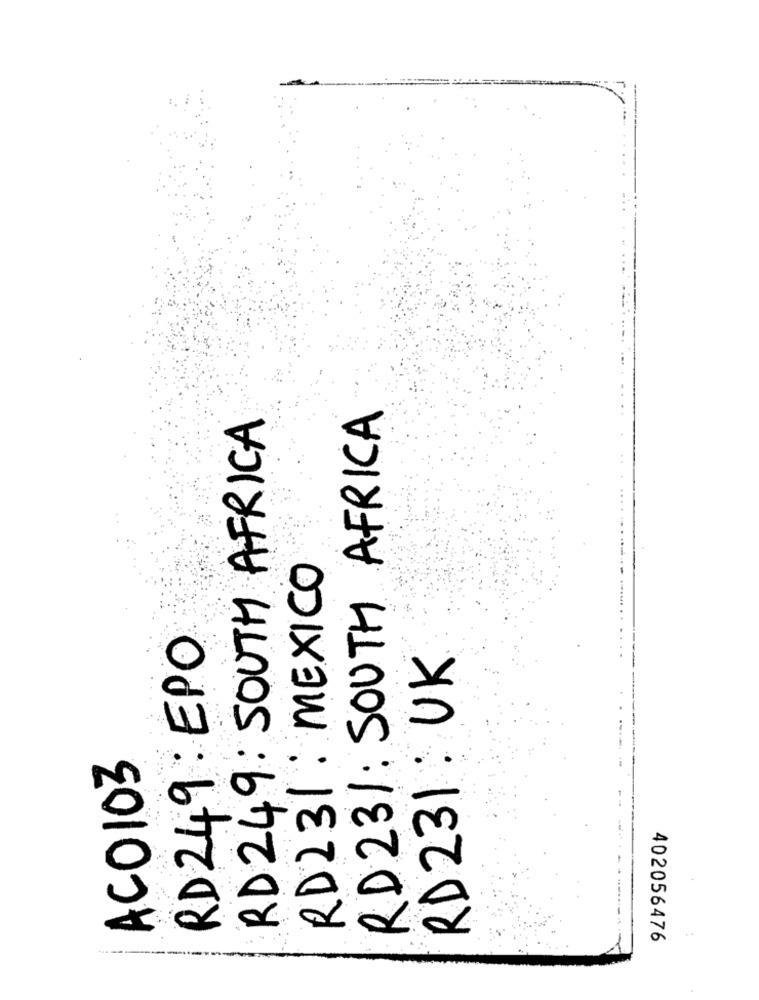
RD231: SOUTH AFRICA
RD249 : SOUTH AFRICA
RD231 : MEXICO
RD 249 : EPO
RD231 : UK
ACO103
402056476